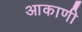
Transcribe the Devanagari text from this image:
आकाणी